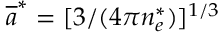
\overline { { a } } ^ { * } = [ 3 / ( 4 \pi n _ { e } ^ { * } ) ] ^ { 1 / 3 }